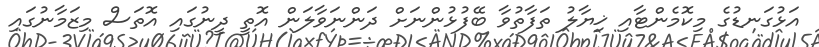
އަޅުގަނޑުގެ މިކޮމެންޓާއި ޚިޔާލު ތަފާތުވާ ބޭފުޅުންނަށް ދަންނަވާލަން އޮތީ ދީނުގައި އޮތަސް މިޒަމާނުގައި